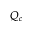
Q _ { c }